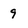
Character: 9